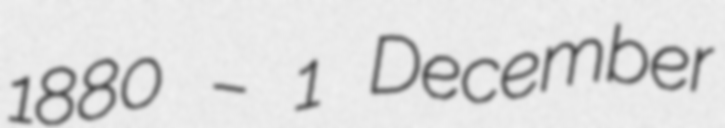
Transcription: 1880 – 1 December